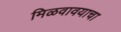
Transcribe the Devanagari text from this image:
मिळवावयाचा